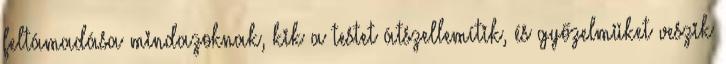
feltámadása mindazoknak, kik a testet átszellemítik, és győzelmüket veszik